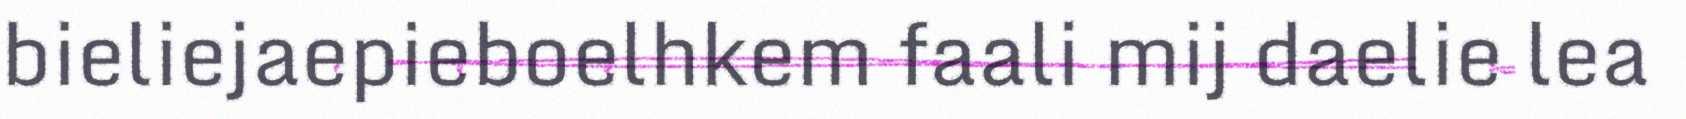
bieliejaepieboelhkem faali mij daelie lea